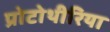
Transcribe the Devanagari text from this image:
प्रोटोथीरिया